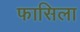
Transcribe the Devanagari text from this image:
फासिला